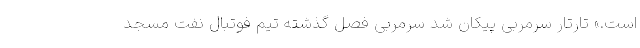
است.» تارتار سرمربی پیکان شد سرمربی فصل گذشته تیم فوتبال نفت مسجد